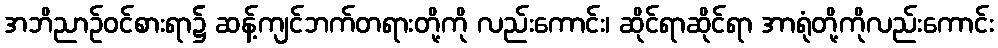
အဘိညာဉ်ဝင်စားရာ၌ ဆန့်ကျင်ဘက်တရားတို့ကို လည်းကောင်း၊ ဆိုင်ရာဆိုင်ရာ အာရုံတို့ကိုလည်းကောင်း